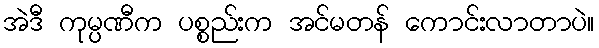
အဲဒီ ကုမ္ပဏီက ပစ္စည်းက အင်မတန် ကောင်းလာတာပဲ။